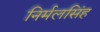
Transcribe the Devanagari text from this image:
निर्मलसिंह